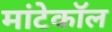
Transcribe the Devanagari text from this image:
मांटेकॉल